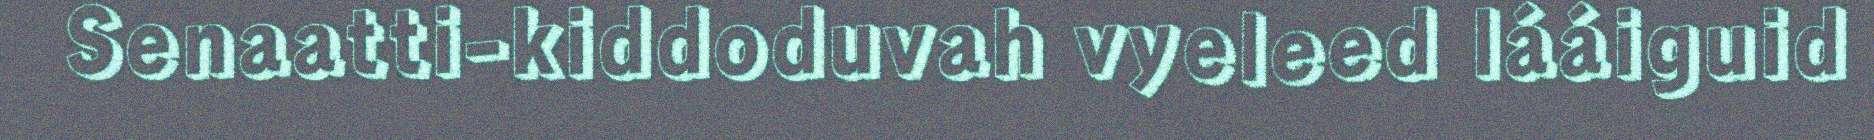
Senaatti-kiddoduvah vyeleed lááiguid